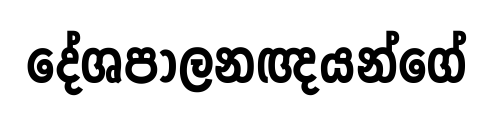
දේශපාලනඥයන්ගේ